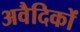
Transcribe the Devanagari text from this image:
अवैदिकों